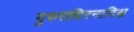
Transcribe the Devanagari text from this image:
गुरुरादिरनादिश्च